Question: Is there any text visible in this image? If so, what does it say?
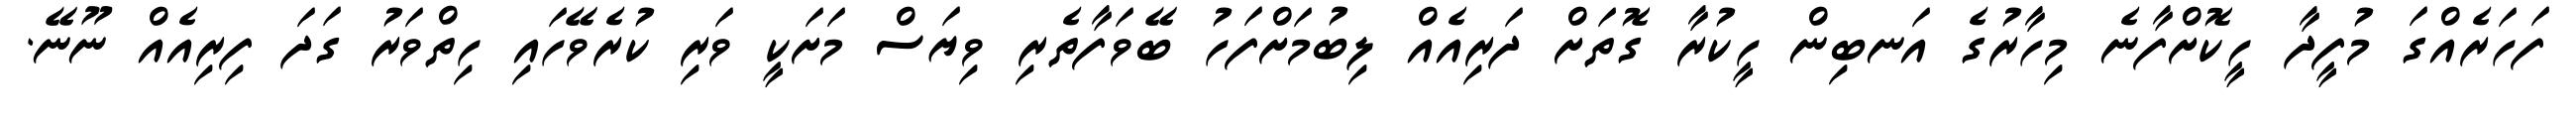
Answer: ފަހަރެއްގަ މުފީދާ ހީކޮށްފާނެ މިހާރުގެ އަނބިން ހީކުރާ ގޮތަށް ދަރިއެއް ލިބުމަށްފަހު ބޭވަފާތެރި ވިޔަސް މަށަކީ ވަރި ކުރެވޭހައި ހިތްވަރު ގަދަ ފިރިއެއް ނޫނޭ.